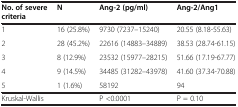
| No. of severe criteria | N | Ang-2 (pg/ml) | Ang-2/Ang1 |
 | --- | --- | --- | --- |
 | 1 | 16 (25.8%) | 9730 (7237–15240) | 20.55 (8.18-55.63) |
 | 2 | 28 (45.2%) | 22616 (14883–34889) | 38.53 (28.74-61.15) |
 | 3 | 8 (12.9%) | 23532 (15977–28215) | 51.66 (17.19-67.77) |
 | 4 | 9 (14.5%) | 34485 (31282–43978) | 41.60 (37.34-70.88) |
 | 5 | 1 (1.6%) | 58192 | 94 |
 | <COLSPAN=2> Kruskal-Wallis | P <0.0001 | P = 0.10 |